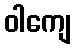
ဝါကျေ